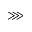
\ggg